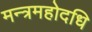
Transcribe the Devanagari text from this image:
मन्त्रमहोदधि